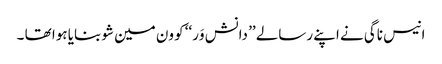
انیس ناگی نے اپنے رسالے ’’ دانش وَر‘‘ کو ون مین شو بنایا ہوا تھا ۔